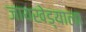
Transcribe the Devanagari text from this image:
जायखेड्याला